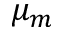
\mu _ { m }